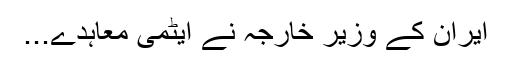
ایران کے وزیر خارجہ نے ایٹمی معاہدے...